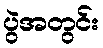
ပွဲအတွင်း